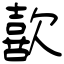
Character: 歖